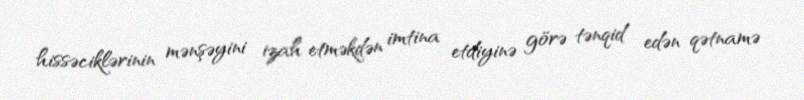
hissəciklərinin mənşəyini izah etməkdən imtina etdiyinə görə tənqid edən qətnamə